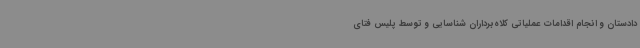
دادستان و انجام اقدامات عملیاتی کلاه‌برداران شناسایی و توسط پلیس فتای